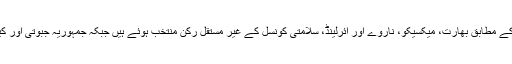
فرانسیسی خبررساں ادارے اے ایف پی کی رپورٹ کے مطابق بھارت، میکسیکو، ناروے اور آئرلینڈ، سلامتی کونسل کے غیر مستقل رکن منتخب ہوئے ہیں جبکہ جمہوریہ جبوتی اور کینیا دو تہائی اکثریت حاصل کرنے میں ناکام ہوگئے۔